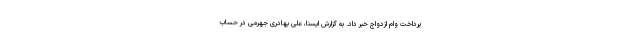
پرداخت وام ازدواج خبر داد. به گزارش ایسنا، علی بهادری جهرمی در حساب